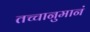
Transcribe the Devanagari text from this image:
तच्चानुमानं